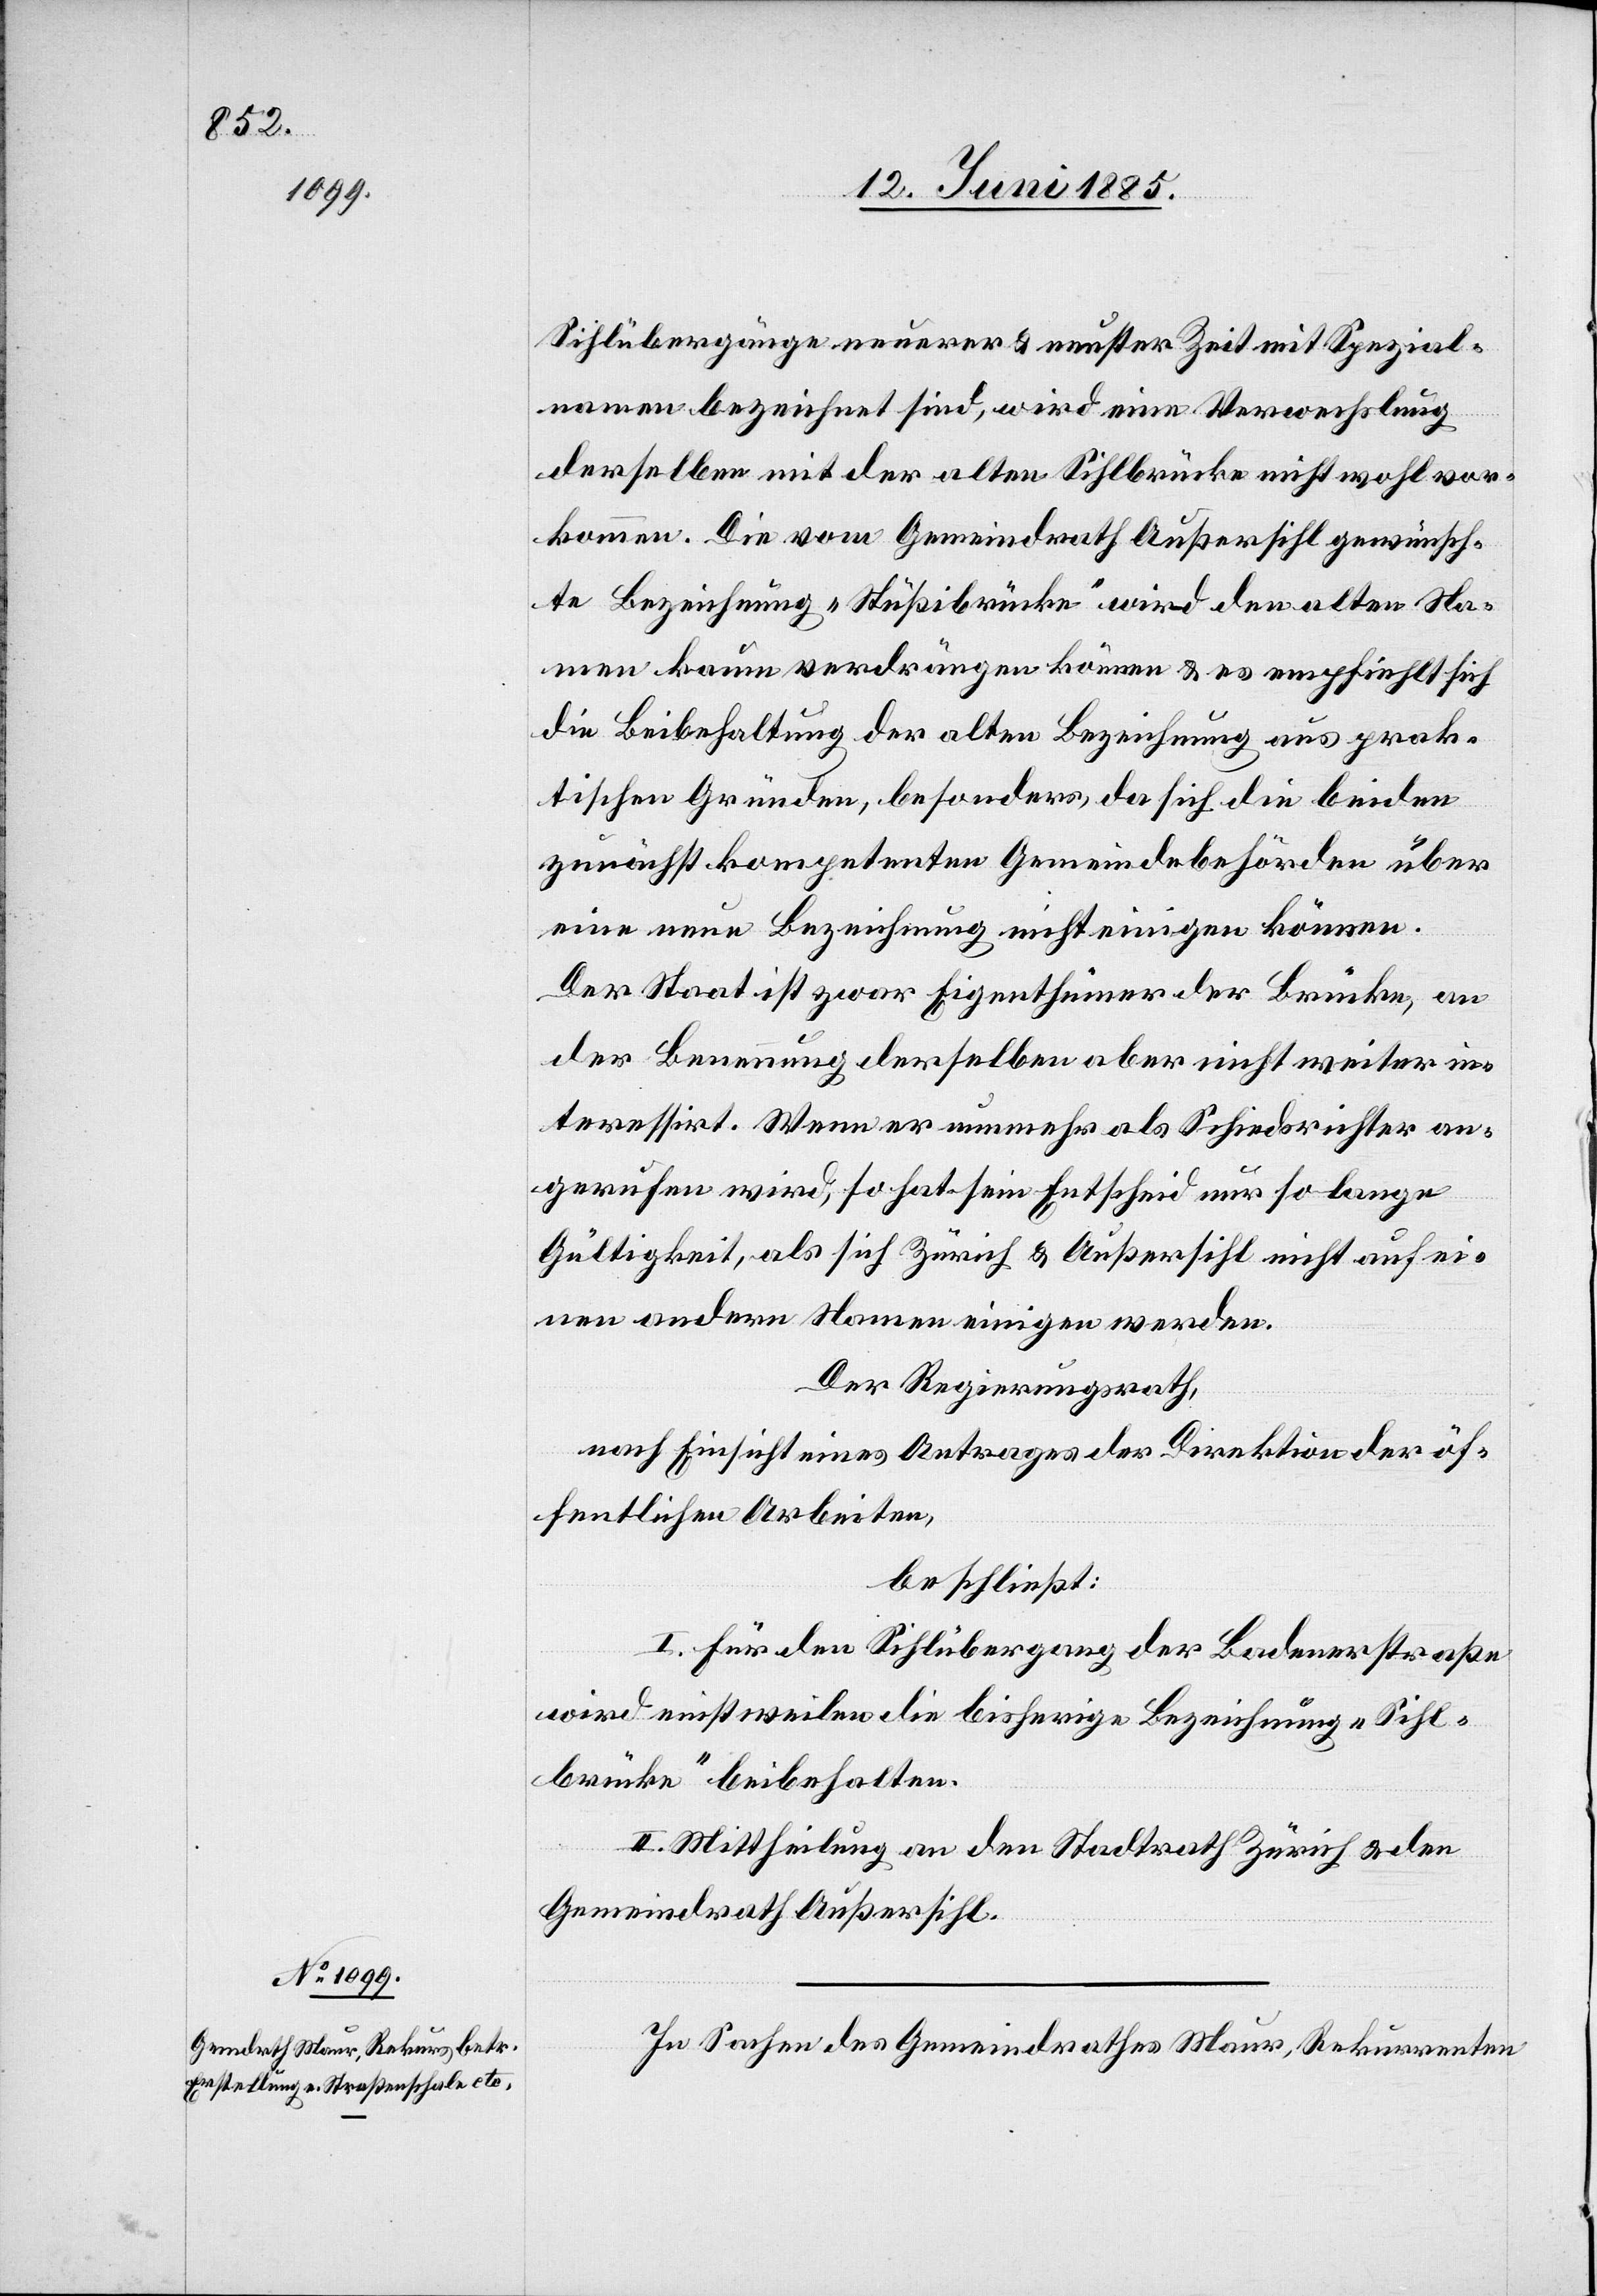
Sihlübergänge neuerer & neuster Zeit mit Spezial¬
namen bezeichnet sind, wird eine Verwechslung
derselben mit der alten Sihlbrücke nicht wohl vor¬
kommen. Die vom Gemeindrath Außersihl gewünsch¬
te Bezeichnung „Stüßibrücke“ wird den alten Na¬
men kaum verdrängen können & es empfiehlt sich
die Beibehaltung der alten Bezeichnung aus prak¬
tischen Gründen, besonders, da sich die beiden
zunächst kompetenten Gemeindebehörden über
eine neue Bezeichnung nicht einigen können.
Der Staat ist zwar Eigenthümer der Brücke, an
der Benennung derselben aber nicht weiter in¬
teressiert. Wenn er nunmehr als Schiedsrichter an¬
gerufen wird, so hat sein Entscheid nur so lange
Gültigkeit, als sich Zürich & Außersihl nicht auf ei¬
nen andern Namen einigen werden.
Der Regierungsrath,
nach Einsicht eines Antrages der Direktion der öf¬
fentlichen Arbeiten,
beschließt:
I. Für den Sihlübergang der Badenerstraße
wird einstweilen die bisherige Bezeichnung „Sihl¬
brücke“ beibehalten.
II. Mittheilung an den Stadtrath Zürich & den
Gemeindrath Außersihl.
In Sachen des Gemeindrathes Maur, Rekurrenten